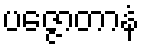
ပဇ္ဇောတာနံ